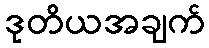
ဒုတိယအချက်